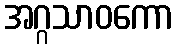
အဂ္ဂသာဝကော